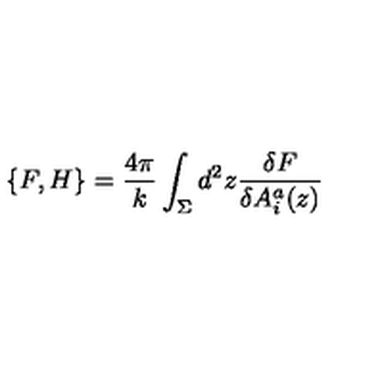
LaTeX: \{ F , H \} = \frac { 4 \pi } k \int _ { \Sigma } d ^ { 2 } z \frac { \delta F } { \delta A _ { i } ^ { a } ( z ) }